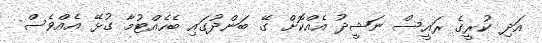
އަދި ކުރީގެ ރައީސް ނަޝީދު އެއްކޮށް ގޭ ބަންދުގައި ބެހެއްޓުމާ ގުޅޭ އެއްވެސް